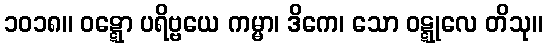
၁၀၁၈။ ဝဋ္ဋော ပရိဗ္ဗယေ ကမ္မာ၊ ဒိကေ၊ သော ဝဋ္ဋုလေ တိသု။